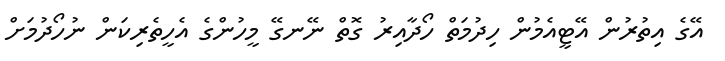
އޭގެ އިތުރުން އޭޓީއެމުން ހިދުމަތް ހޯދާއިރު ގޮތް ނޭނގޭ މީހުންގެ އެހީތެރިކަން ނުހޯދުމަށް